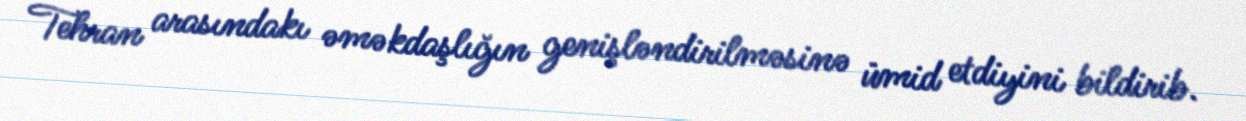
Tehran arasındakı əməkdaşlığın genişləndirilməsinə ümid etdiyini bildirib.